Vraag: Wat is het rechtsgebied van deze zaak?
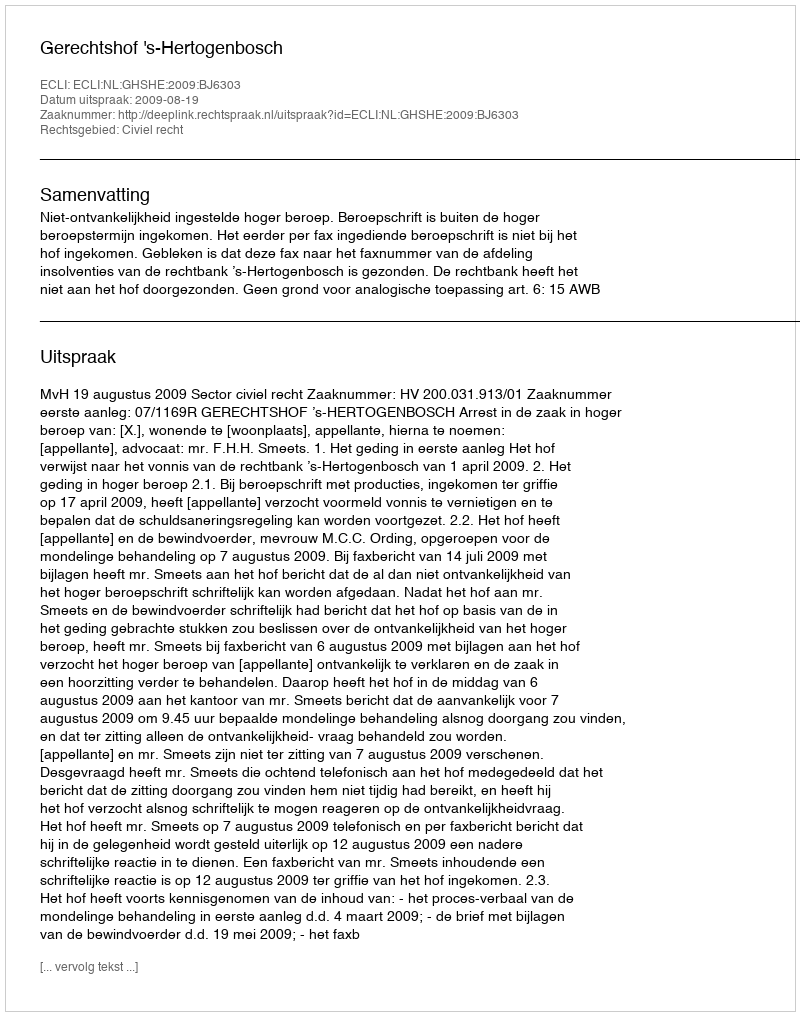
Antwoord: Civiel recht